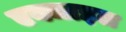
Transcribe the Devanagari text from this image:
एक्जाइल